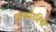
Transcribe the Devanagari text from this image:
एल्कोरनिया